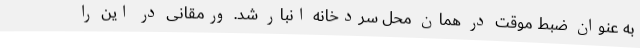
به عنوان ضبط موقت در همان محل سردخانه انبار شد. ورمقانی در این را